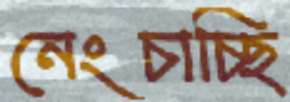
নেংচাচ্ছি